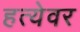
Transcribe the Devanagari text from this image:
हत्येवर